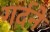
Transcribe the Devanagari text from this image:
गर्दने